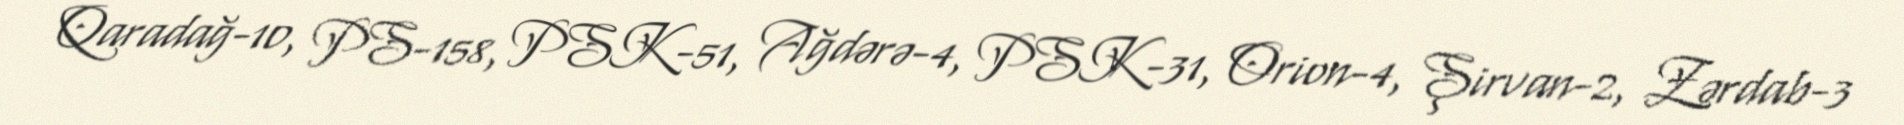
Qaradağ-10, PS-158, PSK-51, Ağdərə-4, PSK-31, Orion-4, Şirvan-2, Zərdab-3